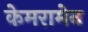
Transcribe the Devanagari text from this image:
केमरामेन